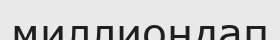
миллиондап